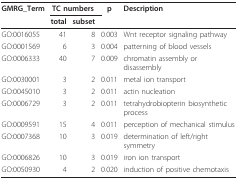
<table><thead><tr><td><b>GMRG_Term</b></td><td colspan="2"><b>TC numbers</b></td><td><b>p</b></td><td><b>Description</b></td></tr><tr><td></td><td><b>total</b></td><td><b>subset</b></td><td></td><td></td></tr></thead><tbody><tr><td>GO:0016055</td><td>41</td><td>8</td><td>0.003</td><td>Wnt receptor signaling pathway</td></tr><tr><td>GO:0001569</td><td>6</td><td>3</td><td>0.004</td><td>patterning of blood vessels</td></tr><tr><td>GO:0006333</td><td>40</td><td>7</td><td>0.009</td><td>chromatin assembly or disassembly</td></tr><tr><td>GO:0030001</td><td>3</td><td>2</td><td>0.011</td><td>metal ion transport</td></tr><tr><td>GO:0045010</td><td>3</td><td>2</td><td>0.011</td><td>actin nucleation</td></tr><tr><td>GO:0006729</td><td>3</td><td>2</td><td>0.011</td><td>tetrahydrobiopterin biosynthetic process</td></tr><tr><td>GO:0009591</td><td>15</td><td>4</td><td>0.011</td><td>perception of mechanical stimulus</td></tr><tr><td>GO:0007368</td><td>10</td><td>3</td><td>0.019</td><td>determination of left/right symmetry</td></tr><tr><td>GO:0006826</td><td>10</td><td>3</td><td>0.019</td><td>iron ion transport</td></tr><tr><td>GO:0050930</td><td>4</td><td>2</td><td>0.020</td><td>induction of positive chemotaxis</td></tr></tbody></table>